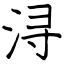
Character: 浔